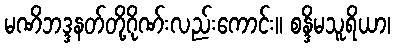
မဏိဘဒ္ဒနတ်တို့ဂိုဏ်းလည်းကောင်း။ စန္ဒိမသူရိယာ၊